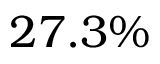
2 7 . 3 \%